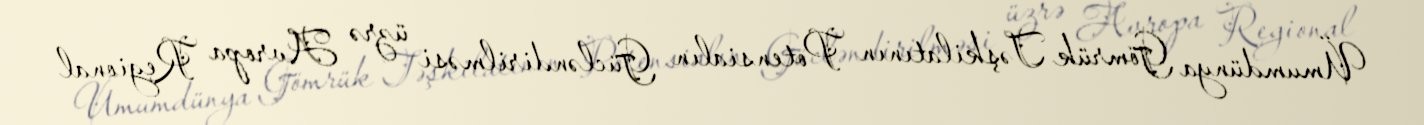
Ümumdünya Gömrük Təşkilatının Potensialın Gücləndirilməsi üzrə Avropa Regional